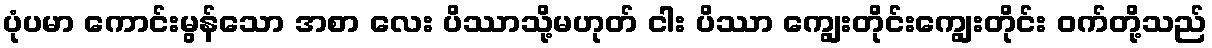
ပုံပမာ ကောင်းမွန်သော အစာ လေး ပိဿာသို့မဟုတ် ငါး ပိဿာ ကျွေးတိုင်းကျွေးတိုင်း ဝက်တို့သည်